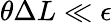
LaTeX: \theta\Delta L\ll\epsilon